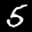
Label: 5